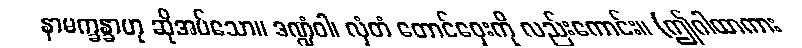
နာမက္ခန္ခာဟု ဆိုအပ်သော။ ဒဏ္ဍံဝါ၊ လှံတံ တောင်ဝှေးကို လည်းကောင်း။ (ဤဂါထာကား